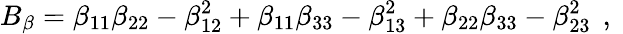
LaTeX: {B_{\beta}=\beta_{11}\beta_{22}-\beta_{12}^{2}+\beta_{11}\beta_{33}-\beta_{13}^{2}+\beta_{22}\beta_{33}-\beta_{23}^{2}\, \mathrm{~,~}}